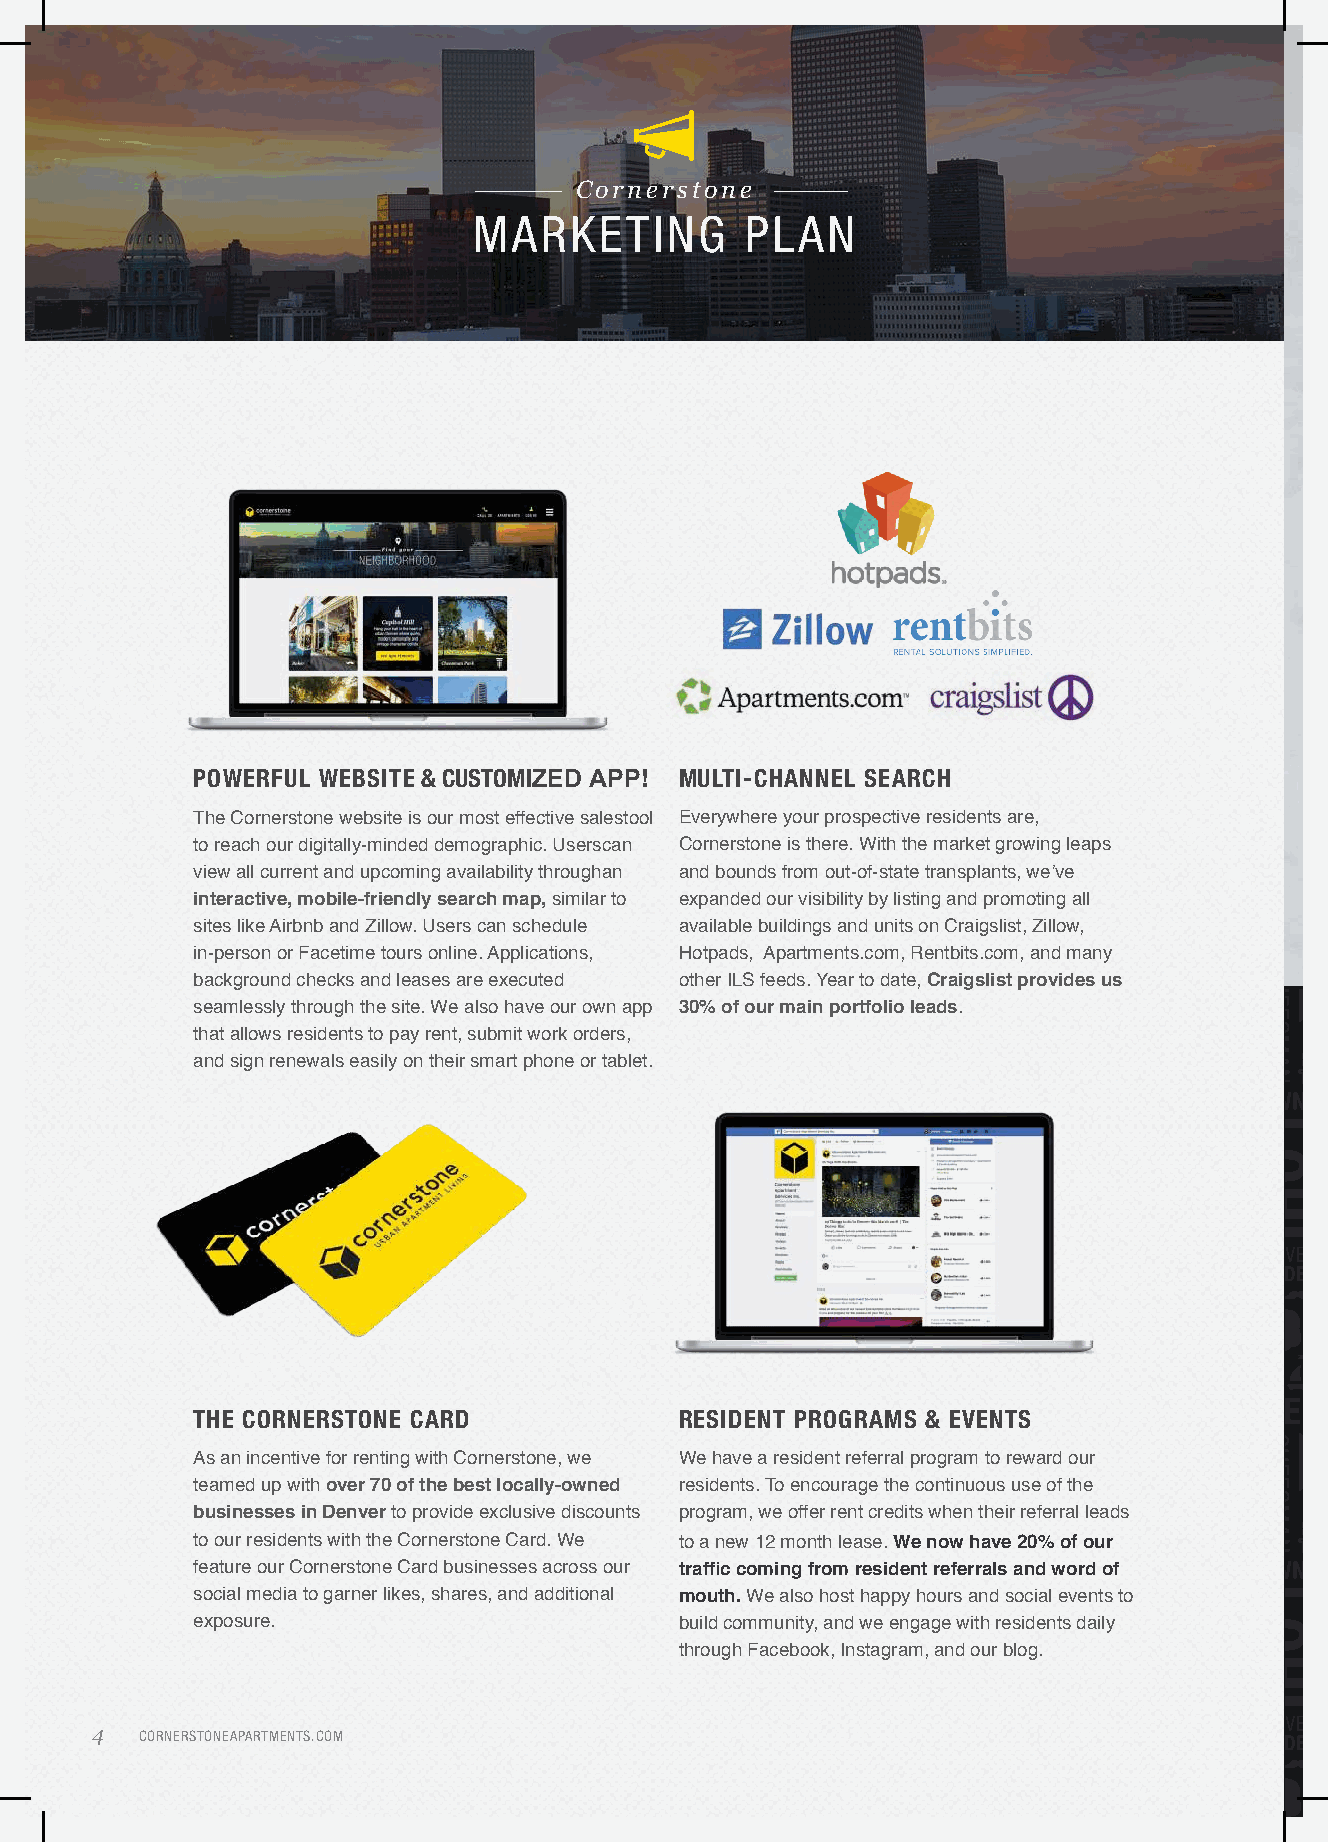
Cornerstone
 MARKETING         PLAN
 POWERFUL WEBSITE & CUSTOMIZED APP! MULTI-CHANNEL SEARCH
 The Cornerstone website is our most effective salestool Everywhere your prospective residents are,
 to reach our digitally-minded demographic. Userscan Cornerstone is there. With the market growing leaps
 an
 view all current and upcoming availability through and bounds from out-of-state transplants, we’ve
 interactive, mobile-friendly search map,similar to expanded our visibility by listing and promoting all
 sites like Airbnb and Zillow. Users can schedule available buildings and units on Craigslist, Zillow,
 in-person or Facetime tours online. Applications, Hotpads, Apartments.com, Rentbits.com, and many
 background checks and leases are executed other ILS feeds. Year to date, Craigslist provides us
 seamlessly through the site. We also have our own app 30% of our main portfolio leads.
 that allows residents to pay rent, submit work orders,
 and sign renewals easily on their smart phone or tablet.
 THE CORNERSTONE CARD            RESIDENT PROGRAMS & EVENTS
 As an incentive for renting with Cornerstone, we We have a resident referral program to reward our
 teamed up with over 70 of the best locally-owned residents. To encourage the continuous use of the
 businesses in Denver to provide exclusive discounts program, we offer rent credits when their referral leads
 to our residents with the Cornerstone Card. We to a new 12 month lease.We now have20% ofour
 feature our Cornerstone Card businesses across our traffic coming from resident referrals and word of
 social media to garner likes, shares, and additional mouth.We also host happy hours and social events to
 exposure.                       build community, and we engage with residents daily
 through Facebook, Instagram, and our blog.
 4  CORNERSTONEAPARTMENTS.COM